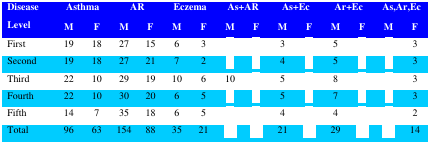
<table><thead><tr><td rowspan="2"><b>DiseaseLevel</b></td><td colspan="2"><b>Asthma</b></td><td colspan="2"><b>AR</b></td><td colspan="2"><b>Eczema</b></td><td colspan="2"><b>As+AR</b></td><td colspan="2"><b>As+Ec</b></td><td colspan="2"><b>Ar+Ec</b></td><td colspan="2"><b>As,Ar,Ec</b></td></tr><tr><td><b>M</b></td><td><b>F</b></td><td><b>M</b></td><td><b>F</b></td><td><b>M</b></td><td><b>F</b></td><td><b>M</b></td><td><b>F</b></td><td><b>M</b></td><td><b>F</b></td><td><b>M</b></td><td><b>F</b></td><td><b>M</b></td><td><b>F</b></td></tr></thead><tbody><tr><td>First</td><td>19</td><td>18</td><td>27</td><td>15</td><td>6</td><td>3</td><td>[EMPTY_CELL]</td><td>[EMPTY_CELL]</td><td>3</td><td>[EMPTY_CELL]</td><td>5</td><td>[EMPTY_CELL]</td><td>[EMPTY_CELL]</td><td>3</td></tr><tr><td>Second</td><td>19</td><td>18</td><td>27</td><td>21</td><td>7</td><td>2</td><td>[EMPTY_CELL]</td><td>[EMPTY_CELL]</td><td>4</td><td>[EMPTY_CELL]</td><td>5</td><td>[EMPTY_CELL]</td><td>[EMPTY_CELL]</td><td>3</td></tr><tr><td>Third</td><td>22</td><td>10</td><td>29</td><td>19</td><td>10</td><td>6</td><td>10</td><td>[EMPTY_CELL]</td><td>5</td><td>[EMPTY_CELL]</td><td>8</td><td>[EMPTY_CELL]</td><td>[EMPTY_CELL]</td><td>3</td></tr><tr><td>Fourth</td><td>22</td><td>10</td><td>30</td><td>20</td><td>6</td><td>5</td><td>[EMPTY_CELL]</td><td>[EMPTY_CELL]</td><td>5</td><td>[EMPTY_CELL]</td><td>7</td><td>[EMPTY_CELL]</td><td>[EMPTY_CELL]</td><td>3</td></tr><tr><td>Fifth</td><td>14</td><td>7</td><td>35</td><td>18</td><td>6</td><td>5</td><td>[EMPTY_CELL]</td><td>[EMPTY_CELL]</td><td>4</td><td>[EMPTY_CELL]</td><td>4</td><td>[EMPTY_CELL]</td><td>[EMPTY_CELL]</td><td>2</td></tr><tr><td>Total</td><td>96</td><td>63</td><td>154</td><td>88</td><td>35</td><td>21</td><td>[EMPTY_CELL]</td><td>[EMPTY_CELL]</td><td>21</td><td>[EMPTY_CELL]</td><td>29</td><td>[EMPTY_CELL]</td><td>[EMPTY_CELL]</td><td>14</td></tr></tbody></table>